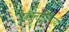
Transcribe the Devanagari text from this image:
दुकानाशिवाय